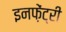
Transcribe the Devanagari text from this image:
इनफ़ेंट्री